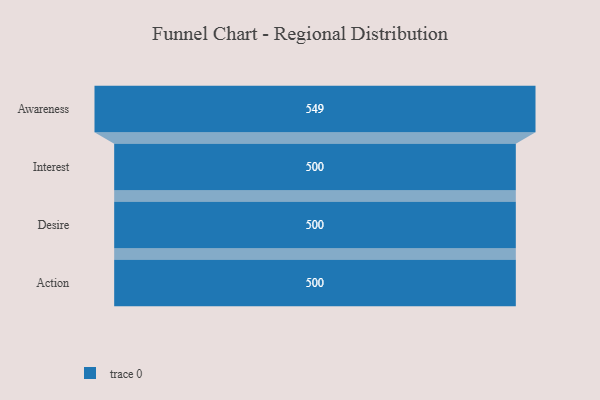
{"axis": {"x": "Stage", "y": "Value"}, "legend": [""], "data": [{"x": "Awareness", "y": 549.0, "type": ""}, {"x": "Interest", "y": 500, "type": ""}, {"x": "Desire", "y": 500, "type": ""}, {"x": "Action", "y": 500, "type": ""}]}